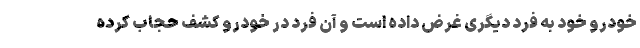
خودرو خود به فرد دیگری غرض داده است و آن فرد در خودرو کشف حجاب کرده